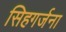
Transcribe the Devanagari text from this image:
सिहगर्जना